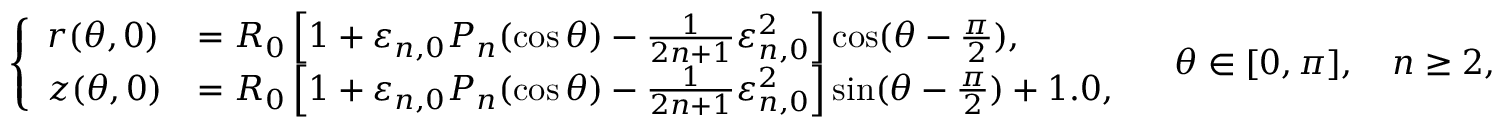
\left\{ \begin{array} { l l } { r ( \theta , 0 ) } & { = R _ { 0 } \left[ 1 + \varepsilon _ { n , 0 } P _ { n } ( \cos \theta ) - \frac { 1 } { 2 n + 1 } \varepsilon _ { n , 0 } ^ { 2 } \right] \cos ( \theta - \frac { \pi } { 2 } ) , } \\ { z ( \theta , 0 ) } & { = R _ { 0 } \left[ 1 + \varepsilon _ { n , 0 } P _ { n } ( \cos \theta ) - \frac { 1 } { 2 n + 1 } \varepsilon _ { n , 0 } ^ { 2 } \right] \sin ( \theta - \frac { \pi } { 2 } ) + 1 . 0 , } \end{array} \right. \quad \theta \in [ 0 , \pi ] , \quad n \geq 2 ,